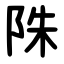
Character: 陎